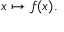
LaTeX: x \mapsto f ( x ) .